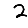
Digit: 2